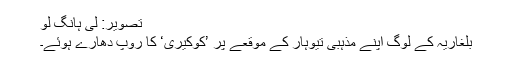
تصویر: لی ہانگ لو
بلغاریہ کے لوگ اپنے مذہبی تیوہار کے موقعے پر ’کوکیری‘ کا روپ دھارے ہوئے۔